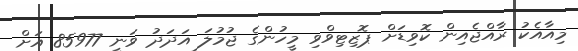
މިއާއެކު ރާއްޖެއިން ކޮވިޑަށް ޕޮޒިޓިވްވި މީހުންގެ ޖުމުލަ އަދަދު ވަނީ 85977 އަށް